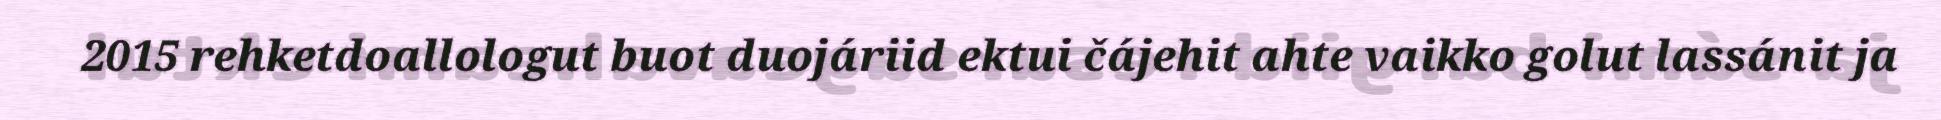
2015 rehketdoallologut buot duojáriid ektui čájehit ahte vaikko golut lassánit ja